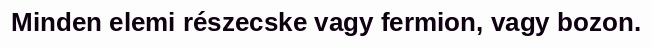
Minden elemi részecske vagy fermion, vagy bozon.